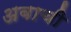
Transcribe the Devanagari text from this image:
अबाची